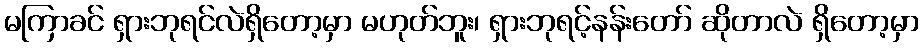
မကြာခင် ရှားဘုရင်လဲရှိတော့မှာ မဟုတ်ဘူး၊ ရှားဘုရင့်နန်းတော် ဆိုတာလဲ ရှိတော့မှာ